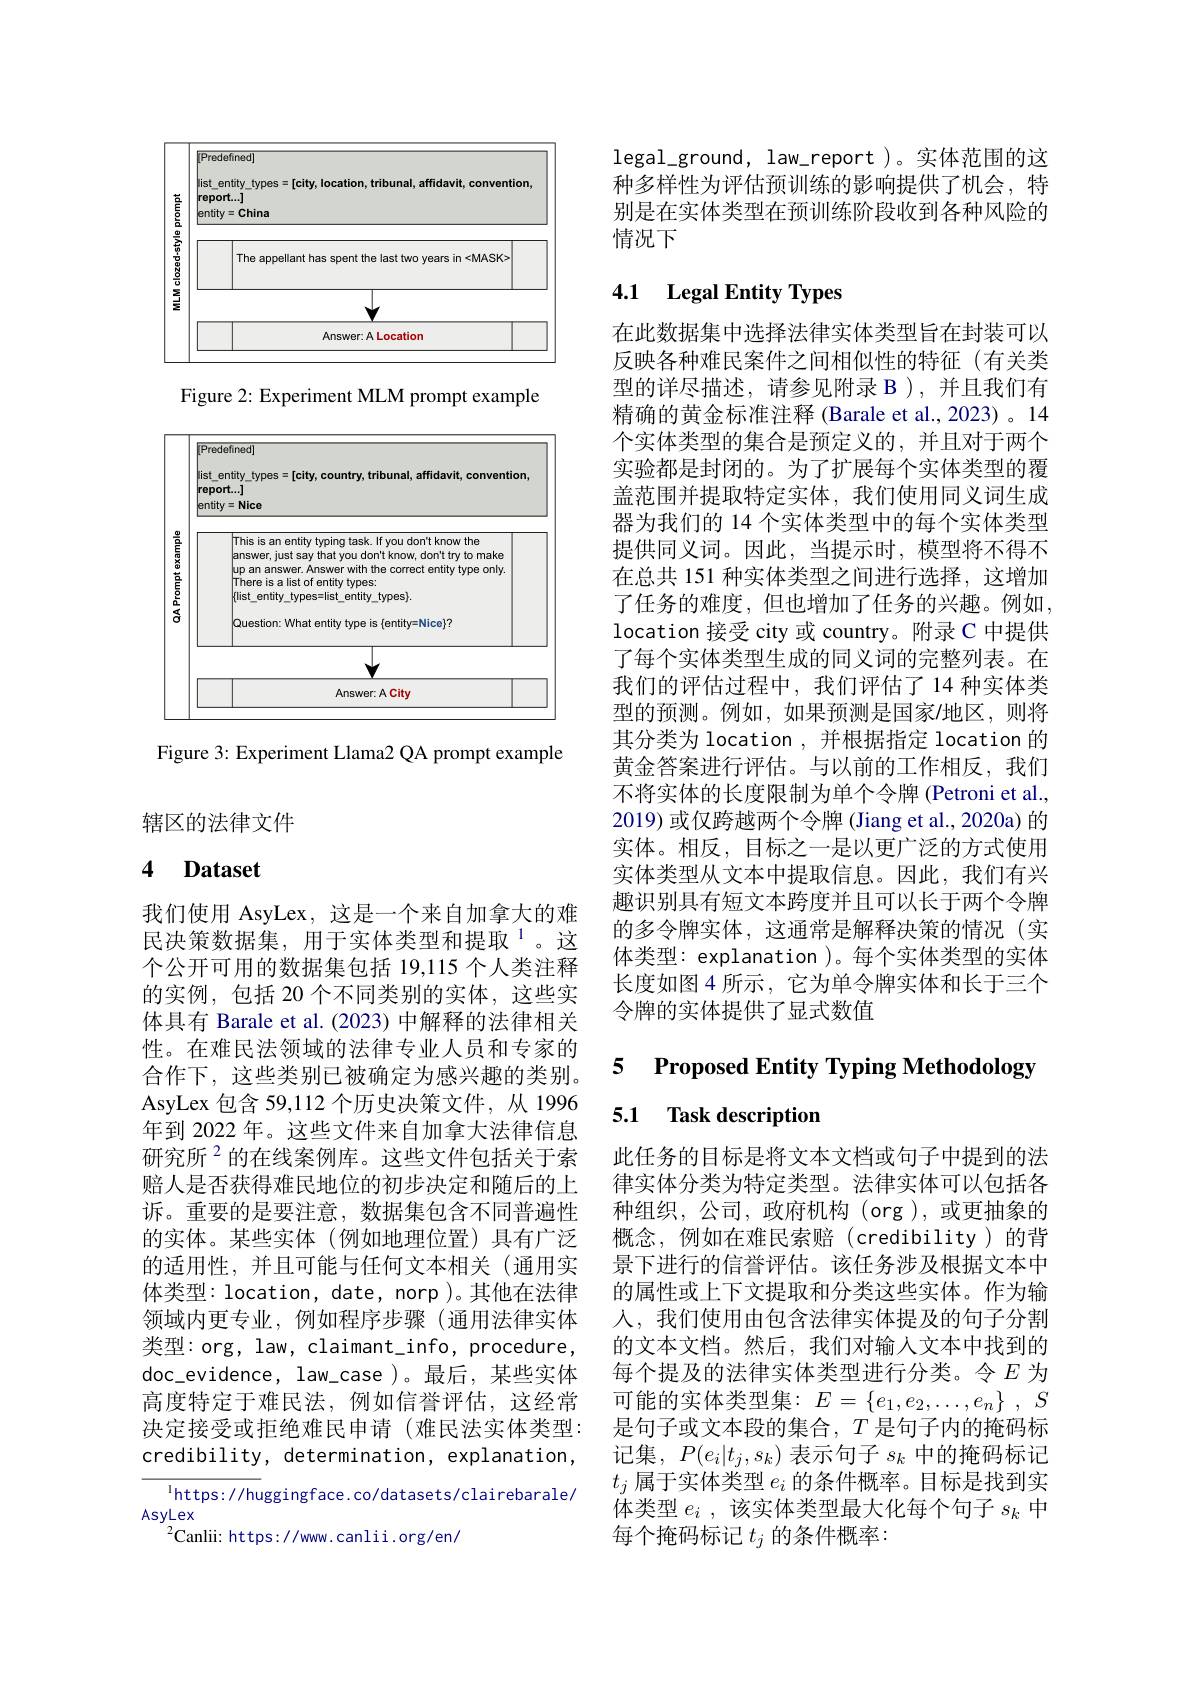
<FigureHere>

Figure 2: Experiment MLM prompt example

<FigureHere>

Figure 3: Experiment Llama2 QA prompt example

辖区的法律文件

### 4 $\textbf{Dataset}$

我们使用 AsyLex, 这是一个来自加拿大的难民决策数据集，用于实体类型和提取$^{1}$。这个公开可用的数据集包括 19,115 个人类注释的实例，包括 20 个不同类别的实体，这些实体具有 Barale et al. (2023) 中解释的法律相关性。在难民法领域的法律专业人员和专家的合作下，这些类别已被确定为感兴趣的类别。AsyLex 包含 59,112 个历史决策文件，从 1996年到 2022 年。这些文件来自加拿大法律信息研究所$^{2}$的在线案例库。这些文件包括关于索赔人是否获得难民地位的初步决定和随后的上诉。重要的是要注意，数据集包含不同普遍性的实体。某些实体(例如地理位置)具有广泛的适用性，并且可能与任何文本相关(通用实体类型：location, date, norp )。其他在法律领域内更专业，例如程序步骤(通用法律实体类型：org, law, claimant\_info, procedure, doc\_evidence, law\_case)。最后，某些实体高度特定于难民法，例如信誉评估，这经常决定接受或拒绝难民申请(难民法实体类型： credibility, determination, explanation,
$^{\mathrm{l}}$https: //huggingface. co/datasets/clairebarale/

AsyLex
$^{2}$Canlii: https://www.canlii.org/en/

legal$\_ground, law\_report )。实体范围的这$ 种多样性为评估预训练的影响提供了机会，特别是在实体类型在预训练阶段收到各种风险的情况下

# 4.1 Legal Entity Types

在此数据集中选择法律实体类型旨在封装可以反映各种难民案件之间相似性的特征(有关类型的详尽描述，请参见附录 B ),并且我们有精确的黄金标准注释 (Barale et al., 2023) 。14个实体类型的集合是预定义的，并且对于两个实验都是封闭的。为了扩展每个实体类型的覆盖范围并提取特定实体，我们使用同义词生成器为我们的 14 个实体类型中的每个实体类型提供同义词。因此，当提示时，模型将不得不在总共 151 种实体类型之间进行选择，这增加了任务的难度，但也增加了任务的兴趣。例如， location 接受 city 或 country。附录 C 中提供了每个实体类型生成的同义词的完整列表。在我们的评估过程中，我们评估了14种实体类型的预测。例如，如果预测是国家$\prime$地区，则将其分类为 location , 并根据指定 location 的黄金答案进行评估。与以前的工作相反，我们不将实体的长度限制为单个令牌 (Petroni et al., 2019) 或仅跨越两个令牌 (Jiang et al., 2020a) 的实体。相反，目标之一是以更广泛的方式使用实体类型从文本中提取信息。因此，我们有兴趣识别具有短文本跨度并且可以长于两个令牌的多令牌实体，这通常是解释决策的情况(实体类型：explanation )。每个实体类型的实体长度如图 4 所示 , 它为单令牌实体和长于三个令牌的实体提供了显式数值

5 Proposed Entity T***g Methodology

## 5.1 Task description

此任务的目标是将文本文档或句子中提到的法律实体分类为特定类型。法律实体可以包括各种组织，公司，政府机构(org),或更抽象的概念，例如在难民索赔(credibility)的背景下进行的信誉评估。该任务涉及根据文本中的属性或上下文提取和分类这些实体。作为输人，我们使用由包含法律实体提及的句子分割的文本文档。然后，我们对输入文本中找到的每个提及的法律实体类型进行分类。令$E$为可能的实体类型集：$E= \{ e_1, e_2, \ldots , e_n\}$ , $S$ 是句子或文本段的集合，$T$是句子内的掩码标记集，$P(e_i|t_j,s_k)$表示句子$s_k$中的掩码标记$t_j$属于实体类型$e_i$的条件概率。目标是找到实体类型$e_i$ ,该实体类型最大化每个句子$s_k$中每个掩码标记$t_j$的条件概率：